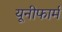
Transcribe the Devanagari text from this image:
यूनीफार्म